Annual report on the working of the lock hospitals in the North-Western Provinces and Oudh
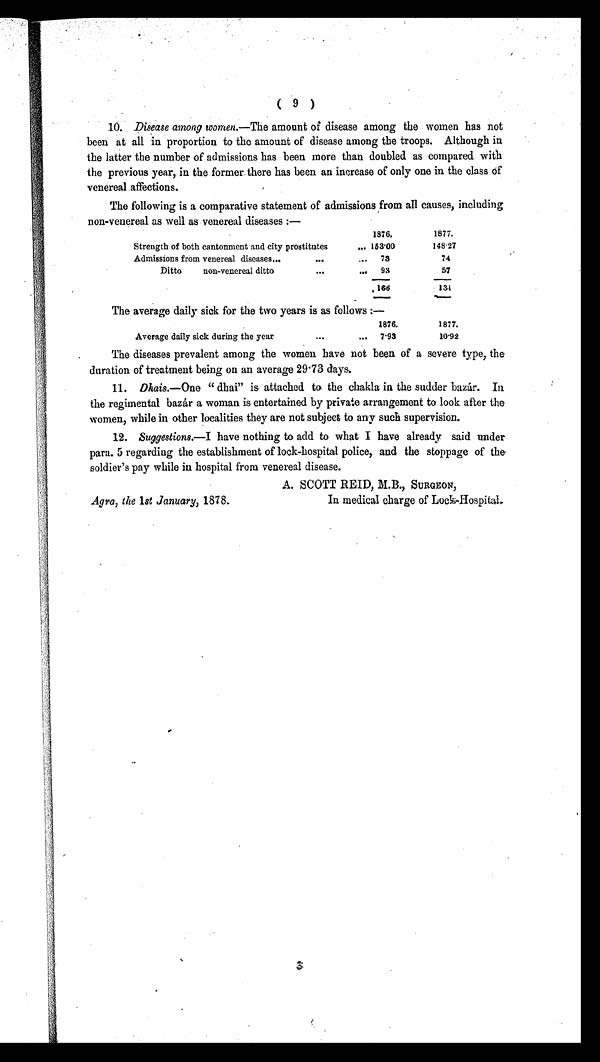
( 9 )
10. Disease among women.—The amount of disease among the women has not
been at all in proportion to the amount of disease among the troops. Although in
the latter the number of admissions has been more than doubled as compared with
the previous year, in the former there has been an increase of only one in the class of
venereal affections.
The following is a comparative statement of admissions from all causes, including
non-venereal as well as venereal diseases :—
1876,
1877.
Strength of both cantonment and city prostitutes
... 153· 00
148·27
Admissions from venereal diseases,.
...
... 73
74
Ditto
non-venereal ditto
...
... 93
57
166
13· 1
The average daily sick for the two years is as follows :—
1876.
1877.
Average daily sick during the year
... 7·93
1 0 · 9 2
The diseases prevalent among the women have not been of a severe type, the
duration of treatment being on an average 29·73 days.
11. Dhais.—One " dhai" is attached to the chakla in the sudder bazár. In
the regimental bazar a woman is entertained by private arrangement to look after the
women, while in other localities they are not subject to any such supervision.
12.
Suggestions.—I have nothing to add to what I have already said under
para. 5 regarding the establishment of lock-hospital police, and the stoppage of the
soldier's pay while in hospital from venereal disease.
A. SCOTT REID, M.B., SURGEON,
Agra, the 1st January, 1878.
In medical charge of Lock-Hospital.